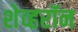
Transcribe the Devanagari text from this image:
शेव्हरॉन